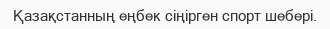
Қазақстанның еңбек сіңірген спорт шебері.